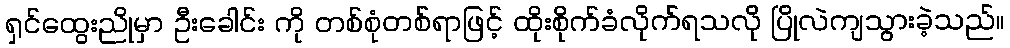
ရှင်ထွေးညိုမှာ ဦးခေါင်း ကို တစ်စုံတစ်ရာဖြင့် ထိုးစိုက်ခံလိုက်ရသလို ပြိုလဲကျသွားခဲ့သည်။